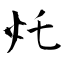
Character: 灹